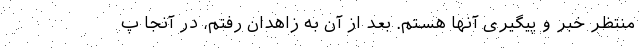
منتظر خبر و پیگیری آنها هستم. بعد از آن به زاهدان رفتم، در آنجا پ